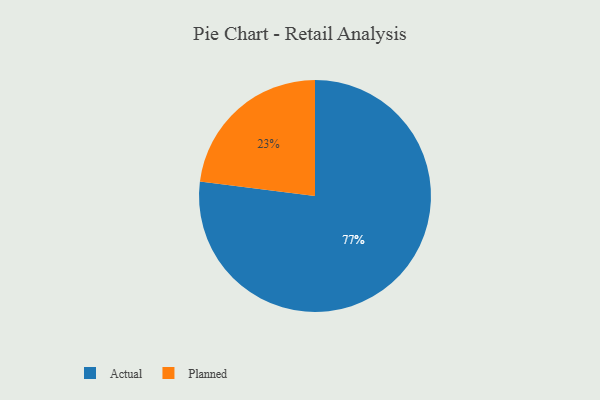
{"axis": {"x": "Category", "y": "Percentage"}, "legend": ["Actual", "Planned"], "data": [{"x": "Planned", "y": 23, "type": "Planned"}, {"x": "Actual", "y": 77, "type": "Actual"}]}